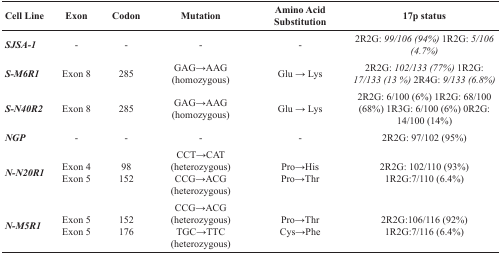
<table><thead><tr><td><b>Cell Line</b></td><td><b>Exon</b></td><td><b>Codon</b></td><td><b>Mutation</b></td><td><b>Amino Acid Substitution</b></td><td><b>17p status</b></td></tr></thead><tbody><tr><td><b><i>SJSA-1</i></b></td><td>-</td><td>-</td><td>-</td><td>-</td><td>2R2G: <i>99/106 (94%)</i> 1R2G: <i>5/106 (4.7%)</i></td></tr><tr><td><b><i>S-M6R1</i></b></td><td>Exon 8</td><td>285</td><td>GAG→AAG (homozygous)</td><td>Glu → Lys</td><td>2R2G: <i>102/133 (77%)</i> 1R2G: <i>17/133 (13 %)</i> 2R4G: <i>9/133 (6.8%)</i></td></tr><tr><td><b><i>S-N40R2</i></b></td><td>Exon 8</td><td>285</td><td>GAG→AAG (homozygous)</td><td>Glu → Lys</td><td>2R2G: 6/100 (6%) 1R2G: 68/100 (68%) 1R3G: 6/100 (6%) 0R2G: 14/100 (14%)</td></tr><tr><td><b><i>NGP</i></b></td><td>-</td><td>-</td><td>-</td><td>-</td><td>2R2G: 97/102 (95%)</td></tr><tr><td><b><i>N-N20R1</i></b></td><td>Exon 4Exon 5</td><td>98152</td><td>CCT→CAT (heterozygous)CCG→ACG (heterozygous)</td><td>Pro→HisPro→Thr</td><td>2R2G: 102/110 (93%)1R2G:7/110 (6.4%)</td></tr><tr><td><b><i>N-M5R1</i></b></td><td>Exon 5Exon 5</td><td>152176</td><td>CCG→ACG(heterozygous)TGC→TTC(heterozygous)</td><td>Pro→ThrCys→Phe</td><td>2R2G:106/116 (92%)1R2G:7/116 (6.4%)</td></tr></tbody></table>